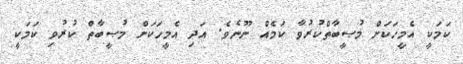
ކަމަކީ އެމީހަކަށް މުޞީބާތްކުރުވާ ކަމެއް ނޫނެވެ. އަދި އެމީހަކަށް މުޞީބާތް ކުރުވި ކަމަކީ